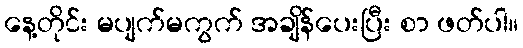
နေ့တိုင်း မပျက်မကွက် အချိန်ပေးပြီး စာ ဖတ်ပါ။